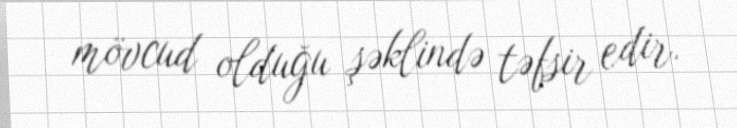
mövcud olduğu şəklində təfsir edir.